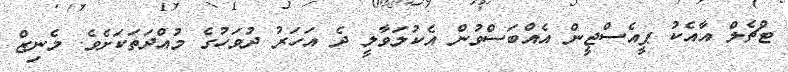
ޓްޗެލް އާއެކު ޕީއެސްޖީން އެއްބަސްވުން އެކުލަވާލީ ދެ އަހަރު ދުވަހުގެ މުއްދަތަކަށެވެ. މެނިޒް